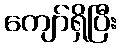
ကျော်ရှိပြီး